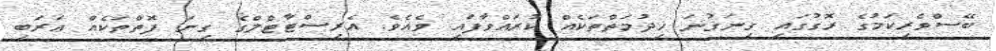
ބޭސްވެރިކަމުގެ ރޮގުގައި ގިނަގުނަ ޚިދުމަތްތަކެއް ކުރައްވާފައި ވެއެވެ. އެރިސްޓާޓްލްގެ ގިނަ ފޮތްތަކެއް ޢަރަބި